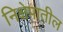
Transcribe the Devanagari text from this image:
निक्षेपातील